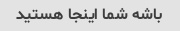
باشه شما اینجا هستید